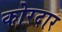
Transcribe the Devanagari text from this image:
कोरदार